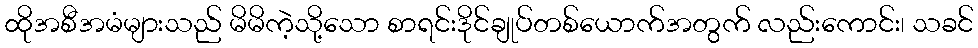
ထိုအစီအမံများသည် မိမိကဲ့သို့သော စာရင်းဒိုင်ချုပ်တစ်ယောက်အတွက် လည်းကောင်း၊ သခင်